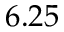
6 . 2 5